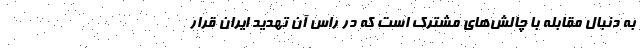
به دنبال مقابله با چالش‌های مشترک است که در راس آن تهدید ایران قرار